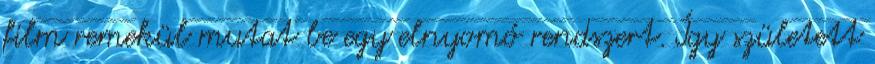
film remekül mutat be egy elnyomó rendszert. Így született